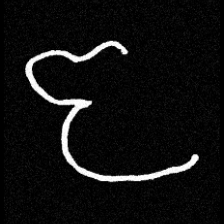
Pyu character \u2014 Myanmar letter: ဇ (romanized: ja)